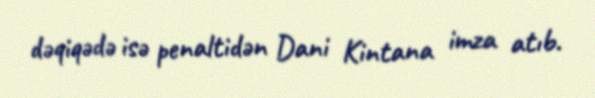
dəqiqədə isə penaltidən Dani Kintana imza atıb.